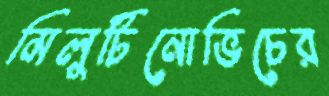
মিলুটিনোভিচের